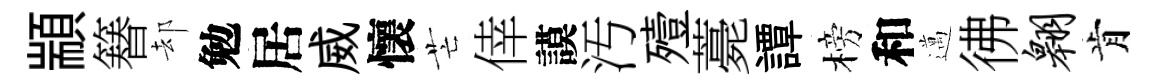
顓簮却勉居威懷芒倖謨汚殪薧譚榜和邁彿翱肯